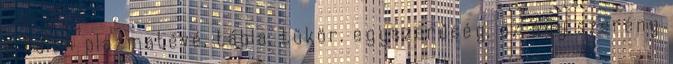
a falon plazmatévé, tábla, tükör, egyszerűség, az ágy szerény